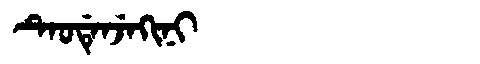
Manchu: ᡨᡝᠣᡩᡝᠨᠵᡝᡴᡳᠨᡳ
Romanization: TEODENJEKINI